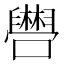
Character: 𫬴